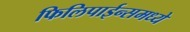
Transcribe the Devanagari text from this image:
फिलिपाईन्समध्ये